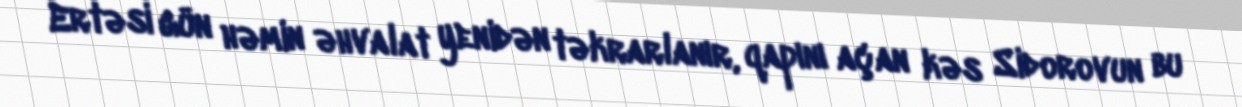
Ertəsi gün həmin əhvalat yenidən təkrarlanır, qapını açan kəs Sidorovun bu